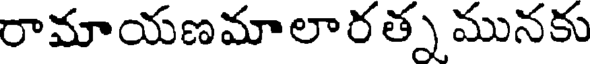
రామాయణమాలారత్న మునకు